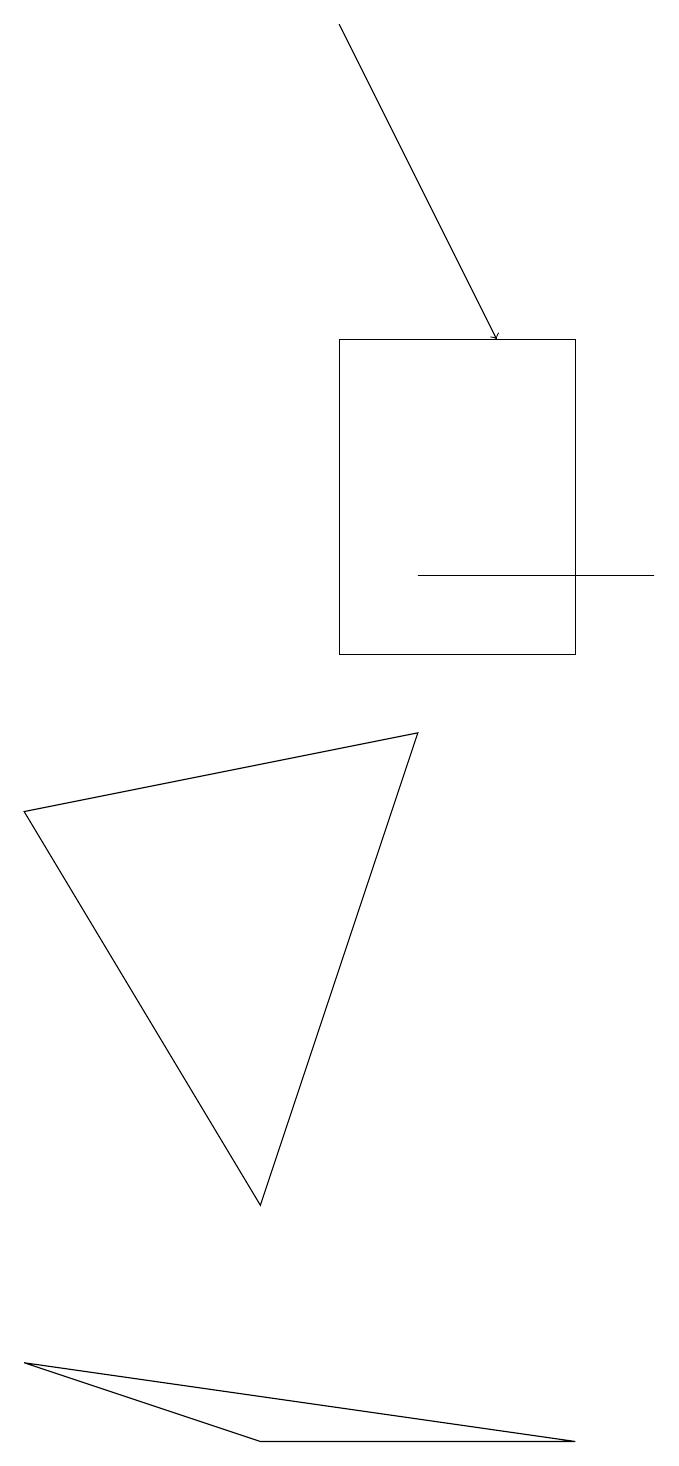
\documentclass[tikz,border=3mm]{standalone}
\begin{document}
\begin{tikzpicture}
\draw (5,10) rectangle (8,14);
\draw[->] (5,18) -- (7,14);
\draw (9,11) rectangle (6,11);
\draw (6,9) -- (1,8) -- (4,3) -- cycle;
\draw (4,0) -- (1,1) -- (8,0) -- cycle;
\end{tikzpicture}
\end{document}